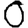
Digit: 0